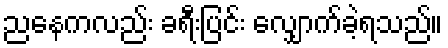
ညနေကလည်း ခရီးပြင်း လျှောက်ခဲ့ရသည်။